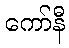
ကော်နီ